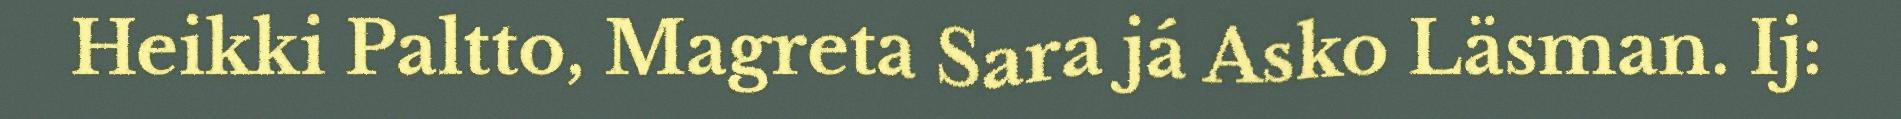
Heikki Paltto, Magreta Sara já Asko Läsman. Ij: